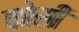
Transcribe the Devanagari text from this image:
काेसी